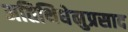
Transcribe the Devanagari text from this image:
अतिथिधेनुप्रसाद